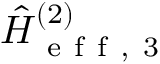
\hat { H } _ { \mathrm { ~ e ~ f ~ f ~ , ~ 3 ~ } } ^ { ( 2 ) }